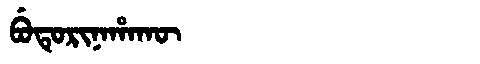
Manchu: ᠪᡠᡨᡠᡵᡳᠨᠠᡥᠠᡴᡡ
Romanization: BUTURINAHAKŪ